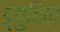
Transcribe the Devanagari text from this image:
ड्युविल